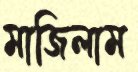
মাজিলাম